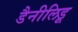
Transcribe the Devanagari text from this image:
डैनीलिडू